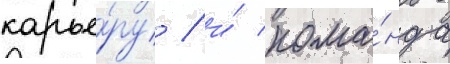
карье́ру / и́ кома́нда